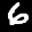
Label: 6